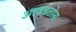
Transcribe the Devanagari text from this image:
आवडतोस